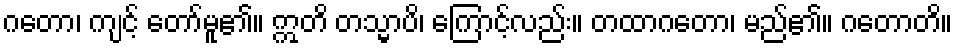
ဂတော၊ ကျင့် တော်မူ၏။ ဣတိ တသ္မာပိ၊ ကြောင့်လည်း။ တထာဂတော၊ မည်၏။ ဂတောတိ။